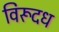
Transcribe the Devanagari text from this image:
विरूदध